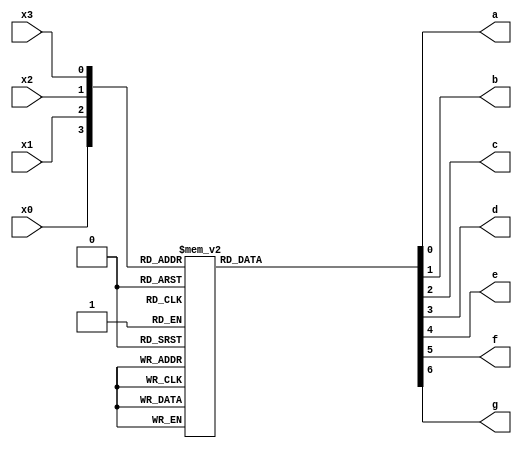
`timescale 1ns / 1ps
//////////////////////////////////////////////////////////////////////////////////
// Company: 
// Engineer: 
// 
// Design Name: 
// Module Name:    dig 
// Project Name: 
// Target Devices: 
// Tool versions: 
// Description: 
//
// Dependencies: 
//
// Revision: 
// Revision 0.01 - File Created
// Additional Comments: 
//
//////////////////////////////////////////////////////////////////////////////////
module dig(a,b,c,d,e,f,g,x0,x1,x2,x3);
	input x0,x1,x2,x3;
	output a,b,c,d,e,f,g;
	reg a,b,c,d,e,f,g;
	always@(*)
		begin
			case({x0,x1,x2,x3})
				4'b0000:
					begin
						a=1;
						b=1;
						c=1;
						d=1;
						e=1;
						f=1;
						g=0;
					end
				4'b0001:
					begin
						a=0;
						b=0;
						c=0;
						d=0;
						e=1;
						f=1;
						g=0;
					end
				4'b0010:
					begin
						a=1;
						b=0;
						c=1;
						d=1;
						e=0;
						f=1;
						g=1;
					end
				4'b0011:
					begin
						a=1;
						b=0;
						c=0;
						d=1;
						e=1;
						f=1;
						g=1;
					end
				4'b0100:
					begin
						a=0;
						b=1;
						c=0;
						d=0;
						e=1;
						f=1;
						g=1;
					end
				4'b0101:
					begin
						a=1;
						b=1;
						c=0;
						d=1;
						e=1;
						f=0;
						g=1;
					end
				4'b0110:
					begin
						a=1;
						b=1;
						c=1;
						d=1;
						e=1;
						f=0;
						g=1;
					end
				4'b0111:
					begin
						a=1;
						b=0;
						c=0;
						d=0;
						e=1;
						f=1;
						g=0;
					end
				4'b1000:
					begin
						a=1;
						b=1;
						c=1;
						d=1;
						e=1;
						f=1;
						g=1;
					end
				4'b1001:
					begin
						a=1;
						b=1;
						c=0;
						d=1;
						e=1;
						f=1;
						g=1;
					end
				4'b1010:
					begin
						a=1;
						b=1;
						c=1;
						d=0;
						e=1;
						f=1;
						g=1;
					end
				4'b1011:
					begin
						a=1;
						b=1;
						c=1;
						d=1;
						e=1;
						f=1;
						g=1;
					end
				4'b1100:
					begin
						a=1;
						b=1;
						c=1;
						d=1;
						e=0;
						f=0;
						g=0;
					end
				4'b1101:
					begin
						a=1;
						b=1;
						c=1;
						d=1;
						e=1;
						f=1;
						g=0;
					end
				4'b1110:
					begin
						a=1;
						b=1;
						c=1;
						d=1;
						e=0;
						f=0;
						g=1;
					end
				4'b1111:
					begin
						a=1;
						b=1;
						c=1;
						d=0;
						e=0;
						f=0;
						g=1;
					end
				endcase
			end
endmodule